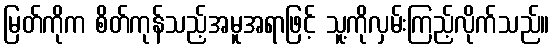
မြတ်ကိုက စိတ်ကုန်သည့်အမူအရာဖြင့် သူ့ကိုလှမ်းကြည့်လိုက်သည်။